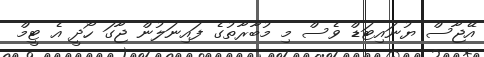
އޭޖާސް ޔުނައިޓަޑް ވެސް މި މުބާރާތުގެ ފައިނަލުން ޖާގަ ހޯދީ އެ ޓީމް